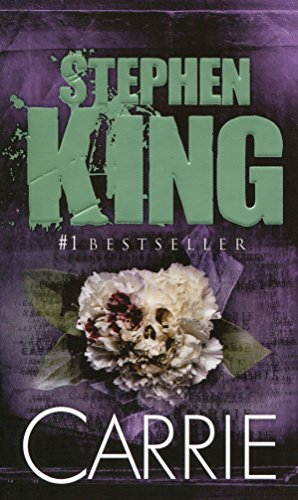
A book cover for Carrie; Stephen King; Mystery, Thriller & Suspense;